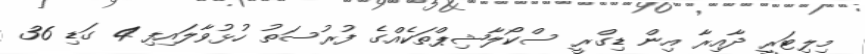
މިލިޓަރީ ދާއިރާ އިން ޑިގްރީ ސްކޯލާޝިޕްތަކެއްގެ ފުރުސަތު ހުޅުވާލައިފި 4 ގަޑި 36